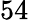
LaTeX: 54